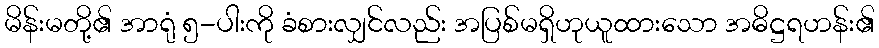
မိန်းမတို့၏ အာရုံ ၅-ပါးကို ခံစားလျှင်လည်း အပြစ်မရှိဟုယူထားသော အဓိဋ္ဌရဟန်း၏